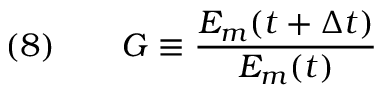
\quad ( 8 ) \qquad G \equiv { \frac { E _ { m } ( t + \Delta t ) } { E _ { m } ( t ) } }